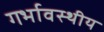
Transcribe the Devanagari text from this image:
गर्भावस्थीय